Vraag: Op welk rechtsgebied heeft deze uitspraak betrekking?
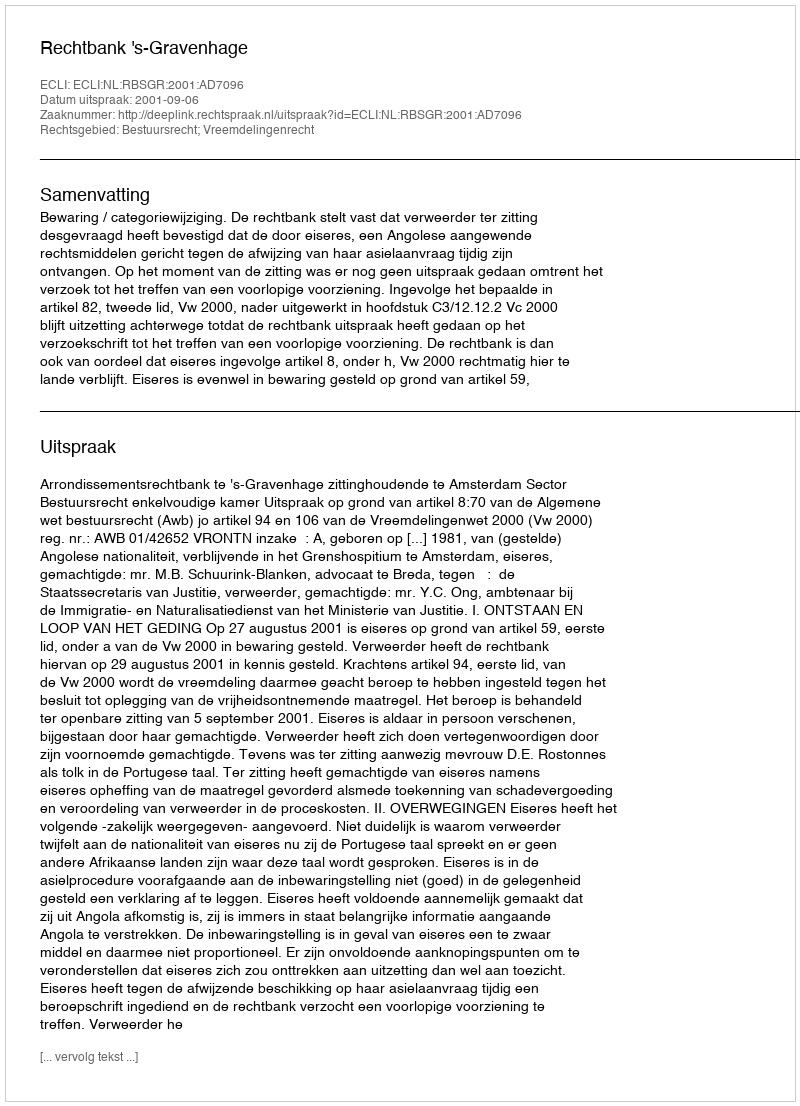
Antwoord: Bestuursrecht; Vreemdelingenrecht